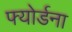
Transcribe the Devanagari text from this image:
फ्योर्डना